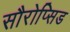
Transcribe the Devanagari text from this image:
सौरोप्सिड